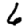
Digit: 6